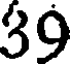
39